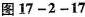
图17-2-17